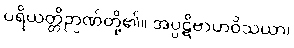
ပရိယတ္တိဉာဏ်တို့၏။ အပ္ပဋိဗာဟဝိသယာ၊